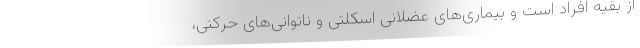
از بقیه افراد است و بیماری‌های عضلانی اسکلتی و ناتوانی‌های حرکتی،